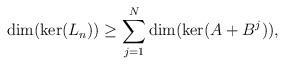
LaTeX: \begin{align*} \dim(\ker(L_n))\geq\sum_{j=1}^N\dim(\ker(A+B^j)), \end{align*}